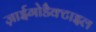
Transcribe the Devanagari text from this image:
ज़ाईगोडैक्टाइल